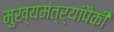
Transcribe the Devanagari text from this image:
मुख्यमंत्र्यांपैकी